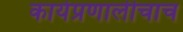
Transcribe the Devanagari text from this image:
कार्यप्रणालीचाच